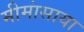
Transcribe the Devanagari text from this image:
मीमांसाया